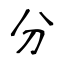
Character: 分